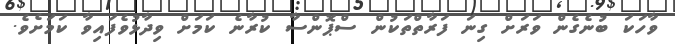
ވާހަކަ ބުނެގެން ވަރަށް ގިނަ ފަރާތްތަކުން ސްޕޮންސާ ކުރާނެ ކަމަށް ވިދާޅުވެފައިވާ ކަމަށެވެ.